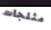
مثلجات